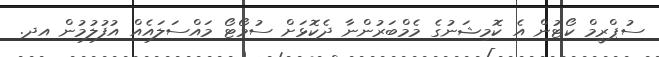
ސުޕްރީމް ކޯޓުން އެ ކޮމިޝަނުގެ މެމްބަރުންނާ ދެކޮޅަށް ސުމޯޓޯ މައްސަލައެއް އުފުލުމުން އދ.